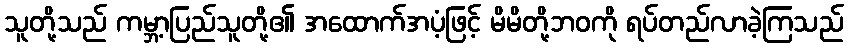
သူတို့သည် ကမ္ဘာ့ပြည်သူတို့၏ အထောက်အပံ့ဖြင့် မိမိတို့ဘဝကို ရပ်တည်လာခဲ့ကြသည်